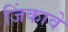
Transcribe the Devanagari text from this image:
जिंकावे